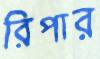
রিপার